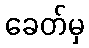
ခေတ်မှ